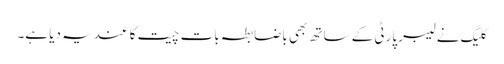
کلیگ نے لیبر پارٹی کے ساتھ بھی باضابطہ بات چیت کا عندیہ دیا ہے۔